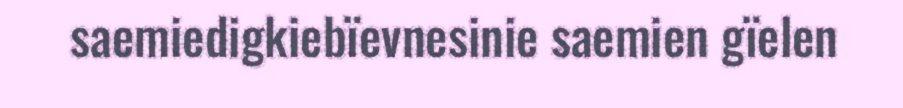
saemiedigkiebïevnesinie saemien gïelen